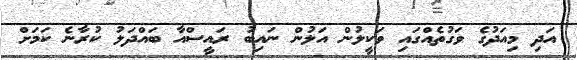
އަދި މިއަދުގެ ވަގުތެއްގައި ވަކީލުން އަލުން ނައިބު ރައީސްއާ ބައްދަލު ކުރާނެ ކަމަށް